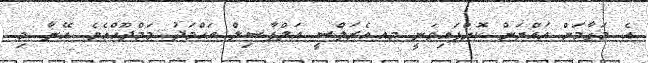
އެ މަގާމަށް އައްޔަން ކޮށްފައިވަނީ މއ.އެރަލްސީ އަލްފާޟިލް އަޙްމަދު މަމްދޫޙްއެވެ. އޭނާ މި